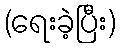
(ရေးခဲ့ပြီး)